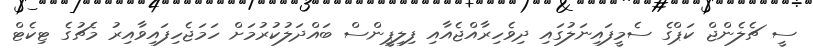
ސީ ޗެލެންޖް ކަޕްގެ ސެމީފައިނަލުގައި ދިވެހިރާއްޖެއާއި ފިލިޕީންސް ބައްދަލުކުރުމަށް ހަމަޖެހިފައިވާއިރު މެޗުގެ ޓިކެޓް